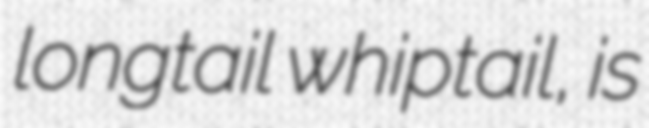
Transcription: longtail whiptail, is